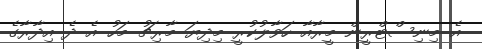
އެ މިނިސްޓްރީން މީރާއާ ހަވާލުކުރީ މިދިޔަ މާރިޗު މަހު އެ ދެ އިދާރާގެ